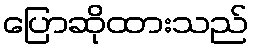
ပြောဆိုထားသည်